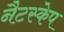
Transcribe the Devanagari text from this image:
नैटस्केप